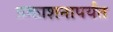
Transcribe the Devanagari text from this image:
प्रकाशनापर्यंत